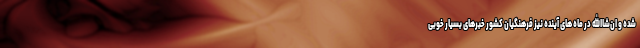
شده و ان‌شاالله در ماه های آینده نیز فرهنگیان کشور خبرهای بسیار خوبی